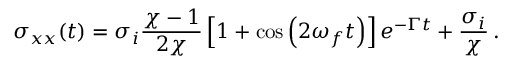
\sigma _ { x x } ( t ) = \sigma _ { i } \frac { \chi - 1 } { 2 \chi } \left[ 1 + \cos \left( 2 \omega _ { f } t \right) \right] e ^ { - \Gamma t } + \frac { \sigma _ { i } } { \chi } \, .